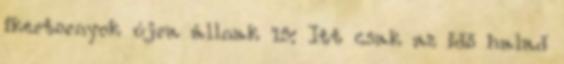
ikertornyok újra állnak 15: Itt csak az idő halad